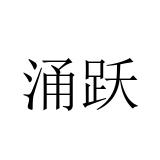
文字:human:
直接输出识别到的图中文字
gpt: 涌跃